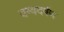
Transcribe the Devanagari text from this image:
वष्वदर्षण